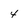
Character: 4